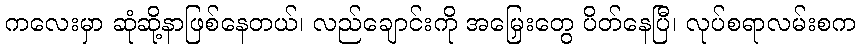
ကလေးမှာ ဆုံဆို့နာဖြစ်နေတယ်၊ လည်ချောင်းကို အမြှေးတွေ ပိတ်နေပြီ၊ လုပ်စရာလမ်းစက